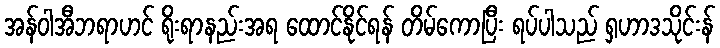
အန်ဝါအီဘရာဟင် ရိုးရာနည်းအရ ထောင်နိုင်ရန် တိမ်ကောပြီး ရပ်ပါသည် ရှဟာဒသိုင်းန်